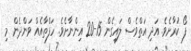
ފޯ ކުރާށެވެ. އަދި އަތްވެސް ލައިގެން 15-20 އިންނާށެވެ. ހަފްތާއެއް ވަންދެން މި